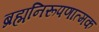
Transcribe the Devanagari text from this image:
ब्रह्मनिरूपणात्मक